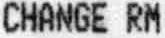
CHANGE RM